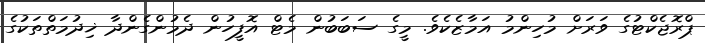
ޕްރޮޖެކްޓުގެ ވަރަށް މުހިންމު އަމާޒެކެވެ. މީގެ ސަބަބުން މެޓް އޮފީހުން ދެމުންގެންދާ ޚިދުމަތްތަކުގެ